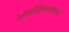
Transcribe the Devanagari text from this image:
आर्कीटेक्चरल्स